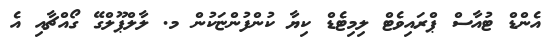
އެންޑް ޓުއާސް ޕްރައިވެޓް ލިމިޓެޑް ކިޔާ ކުންފުންޏަކުން މ. ލާލްޕޫލްގޭ ގޯއްޗާއި އެ